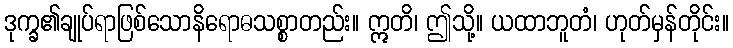
ဒုက္ခ၏ချုပ်ရာဖြစ်သောနိရောဓသစ္စာတည်း။ ဣတိ၊ ဤသို့။ ယထာဘူတံ၊ ဟုတ်မှန်တိုင်း။